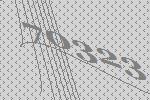
70323